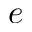
e